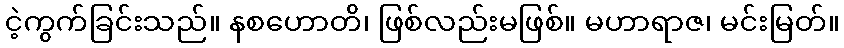
ငဲ့ကွက်ခြင်းသည်။ နစဟောတိ၊ ဖြစ်လည်းမဖြစ်။ မဟာရာဇ၊ မင်းမြတ်။